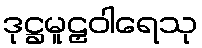
ဒုဋ္ဌမူဠှဝါရေသု